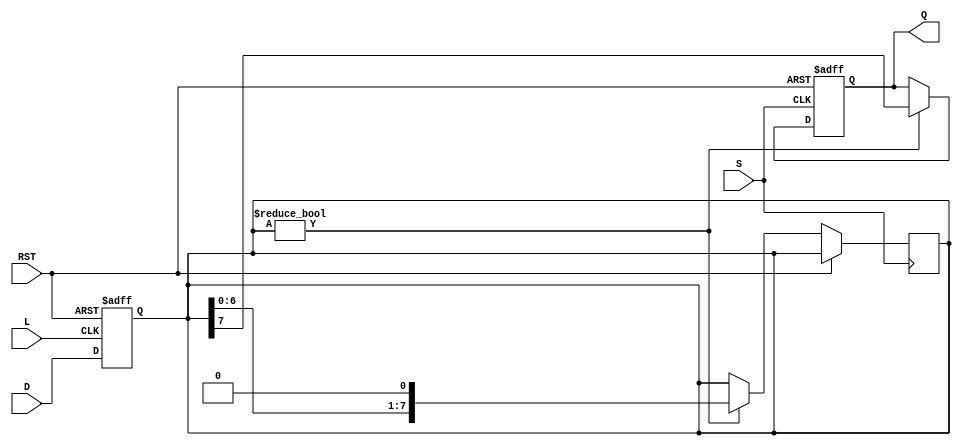
module PISO_Register #(
    parameter WIDTH = 8  // Parameter to define the width of the register (number of bits)
)(
    input wire [WIDTH-1:0] D,  // Parallel data input
    input wire L,               // Load control signal
    input wire S,               // Shift control signal
    input wire RST,             // Asynchronous reset signal
    output reg Q                // Serial data output
);
    
    // Internal register to hold the data
    reg [WIDTH-1:0] shift_reg;

    always @(posedge L or posedge RST) begin
        if (RST) begin
            // Reset the shift register
            shift_reg <= 0;
        end else begin
            // Load data into the shift register
            shift_reg <= D;
        end
    end

    always @(posedge S or posedge RST) begin
        if (RST) begin
            // Clear the output on reset
            Q <= 0;
        end else if (shift_reg != 0) begin
            // Shift data serially out
            Q <= shift_reg[WIDTH-1]; // Output the MSB of the shift register
            shift_reg <= {shift_reg[WIDTH-2:0], 1'b0}; // Shift left
        end
    end

endmodule